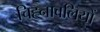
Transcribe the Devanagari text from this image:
चिह्नावलियों